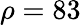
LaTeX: \rho=83